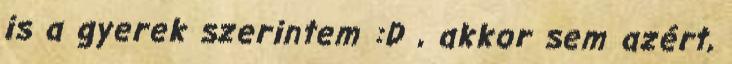
is a gyerek szerintem :D , akkor sem azért,